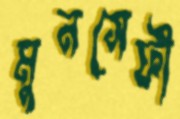
মুনসেফী